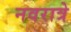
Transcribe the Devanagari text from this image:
नवरात्रे